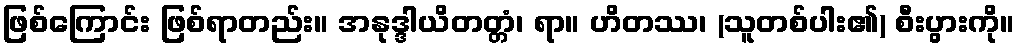
ဖြစ်ကြောင်း ဖြစ်ရာတည်း။ အနုဒ္ဒါယိတတ္တံ၊ ရာ။ ဟိတဿ၊ (သူတစ်ပါး၏) စီးပွားကို။